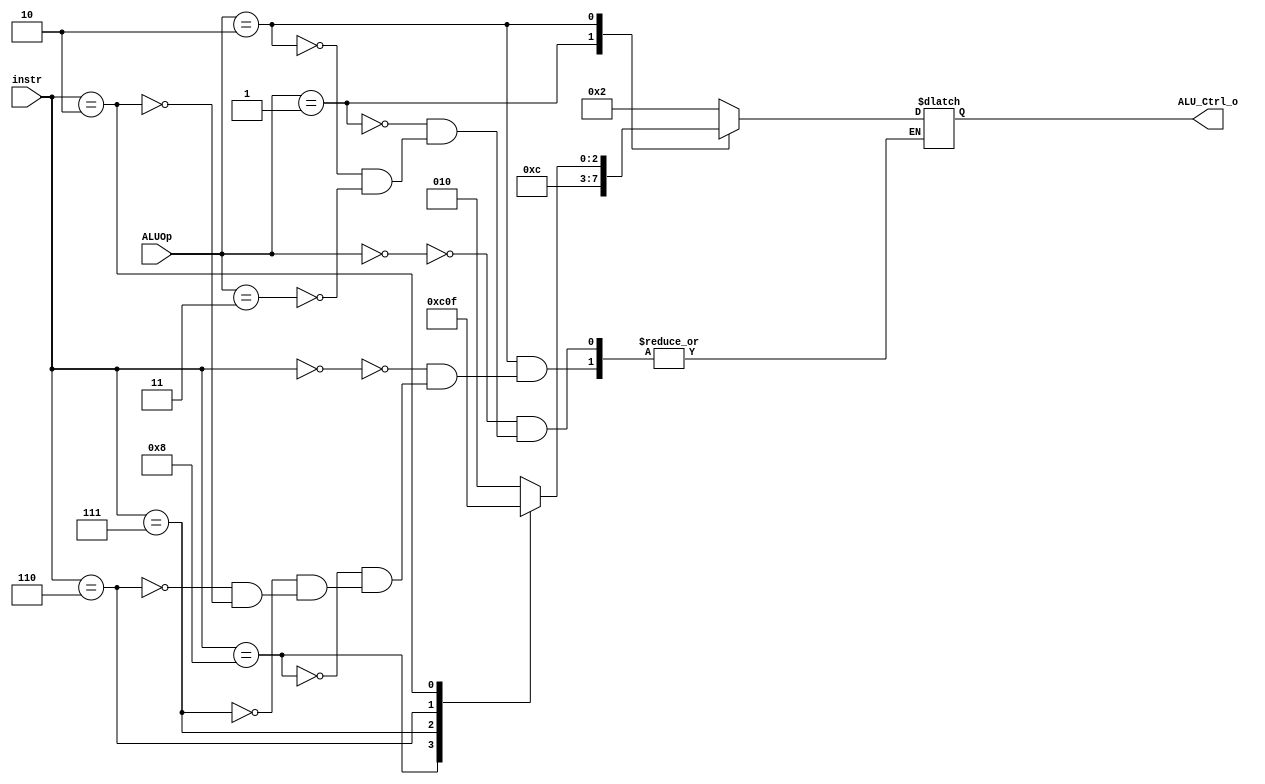

`timescale 1ns/1ps
/*instr[30,14:12]*/
module ALU_Ctrl(
    input       [4-1:0] instr,
    input       [2-1:0] ALUOp,
    output      [4-1:0] ALU_Ctrl_o
);
reg [3:0] out;
wire [2:0] func3;
assign func3 = instr[2:0];
assign ALU_Ctrl_o = out;

always@(*) begin
	case(ALUOp)
		2'b00: out <= 4'b0010;  // ld and sd
		2'b01: out <= 4'b0110; // beq
		2'b10: // R-type
			case(instr)
				4'b0000: out <= 4'b0010; // add 
				4'b1000: out <= 4'b0110; // sub
				4'b0111: out <= 4'b0000; // and
				4'b0110: out <= 4'b0001; // or
				4'b0010: out <= 4'b0111; // slt
			endcase
        2'b11: out <= 4'b0010; // addi
	endcase
end

endmodule